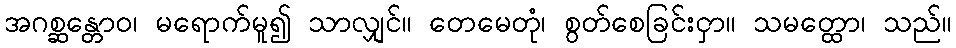
အဂစ္ဆန္တောဝ၊ မရောက်မူ၍ သာလျှင်။ တေမေတုံ၊ စွတ်စေခြင်းငှာ။ သမတ္ထော၊ သည်။